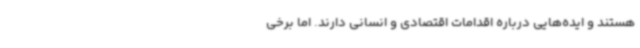
هستند و ایده‌هایی درباره اقدامات اقتصادی و انسانی دارند. اما برخی